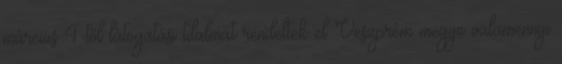
március 4-től látogatási tilalmat rendeltek el Veszprém megye valamennyi